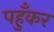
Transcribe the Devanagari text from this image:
पहुँकर